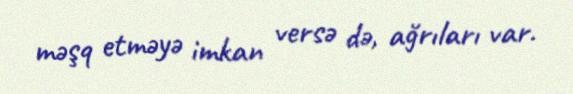
məşq etməyə imkan versə də, ağrıları var.